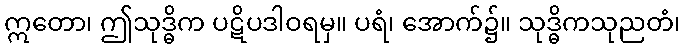
ဣတော၊ ဤသုဒ္ဓိက ပဋိပဒါဝရမှ။ ပရံ၊ အောက်၌။ သုဒ္ဓိကသုညတံ၊